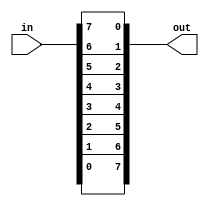
module top_module( 
    input [7:0] in,
    output [7:0] out
);

    assign out[7:0] = {in[0], in[1], in[2], in[3], in[4], in[5], in[6], in[7]};

    // alternative: assign {out[0],out[1],out[2],out[3],out[4],out[5],out[6],out[7]} = in;

    /*
    writing a loop:
    for-loops describe circuit *behaviour*, not *structure*, so they can only be used inside procedural blocks (e.g., always block).

    always @(*) begin	
		for (int i=0; i<8; i++)	// int is a SystemVerilog type. Use integer for pure Verilog.
			out[i] = in[8-i-1];
	end


    */

endmodule